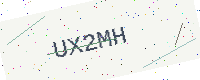
Text: UX2MH